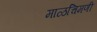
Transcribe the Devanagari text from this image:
माळचिमणी